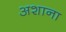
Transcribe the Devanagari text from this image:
अशाना